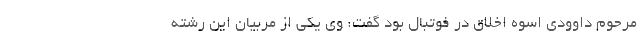
مرحوم داوودی اسوه اخلاق در فوتبال بود گفت: وی یکی از مربیان این رشته